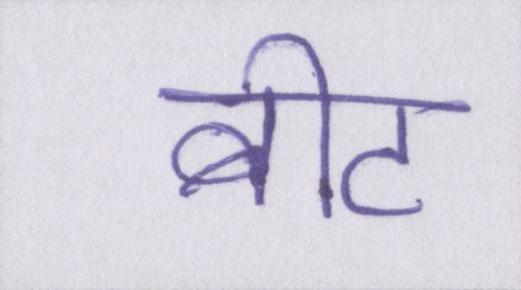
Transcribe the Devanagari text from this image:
बीट